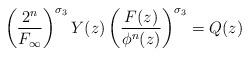
LaTeX: \begin{gather*}\left(\frac{2^n}{F_\infty}\right)^{\sigma_3}Y(z)\left(\frac{F(z)}{\phi^n(z)}\right)^{\sigma_3} = Q(z)\end{gather*}